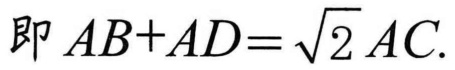
即 \(AB + AD=\sqrt{2}AC\).